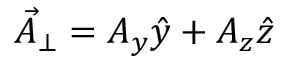
\vec { A } _ { \bot } = A _ { y } \hat { y } + A _ { z } \hat { z }